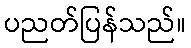
ပညတ်ပြန်သည်။